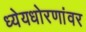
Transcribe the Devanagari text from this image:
ध्येयधोरणांवर